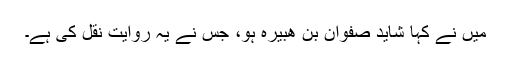
میں نے کہا شاید صفوان بن ھبیرہ ہو، جس نے یہ روایت نقل کی ہے۔